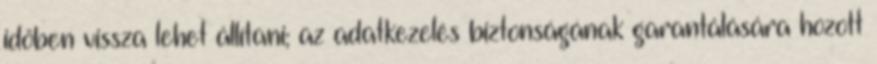
időben vissza lehet állítani; az adatkezelés biztonságának garantálására hozott